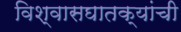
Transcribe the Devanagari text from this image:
विश्वासघातक्यांची